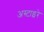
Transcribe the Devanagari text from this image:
अस्टाइरे